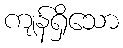
ကျန်ရှိသော